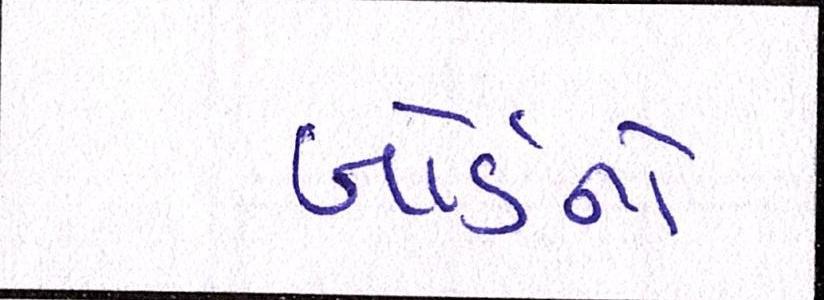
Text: બોર્ડનો